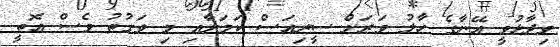
ވިދާޅުވީ އޭނާގެ ހާލު ވަރަށް ސީރިއަސް ކަމަށާއި މި ވަގުތު ވެސް އޮތީ